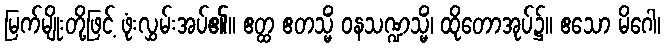
မြက်မျိုးတို့ဖြင့် ဖုံးလွှမ်းအပ်၏။ ဧတ္ထ ဧတသ္မိံ ဝနသဏ္ဍသ္မိံ၊ ထိုတောအုပ်၌။ ဧသော မိဂေါ၊